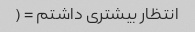
انتظار بیشتری داشتم = (